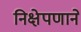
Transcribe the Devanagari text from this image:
निक्षेपणाने